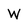
Character: W